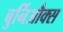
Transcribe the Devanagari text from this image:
बुर्निऔक्स